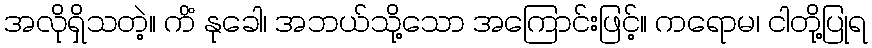
အလိုရှိသတဲ့။ ကိံ နုခေါ၊ အဘယ်သို့သော အကြောင်းဖြင့်။ ကရောမ၊ ငါတို့ပြုရ